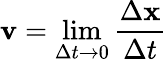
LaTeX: \mathbf{v}=\operatorname*{lim}_{\Delta t\to 0}{\frac{\Delta\mathbf{x}}{\Delta t}}